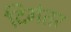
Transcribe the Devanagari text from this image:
दिगंतर